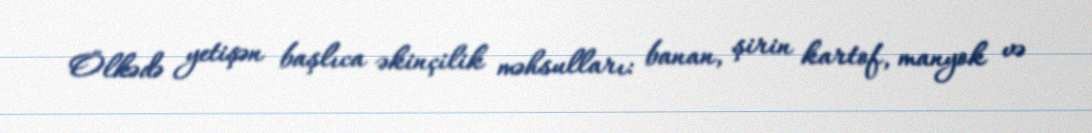
Ölkədə yetişən başlıca əkinçilik məhsulları: banan, şirin kartof, manyok və